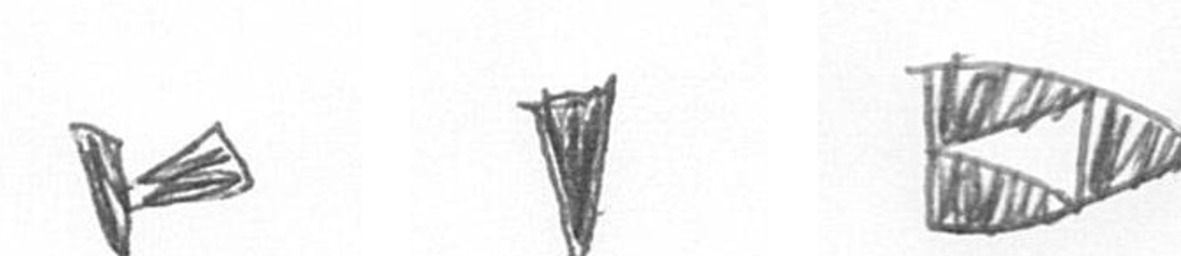
F J K